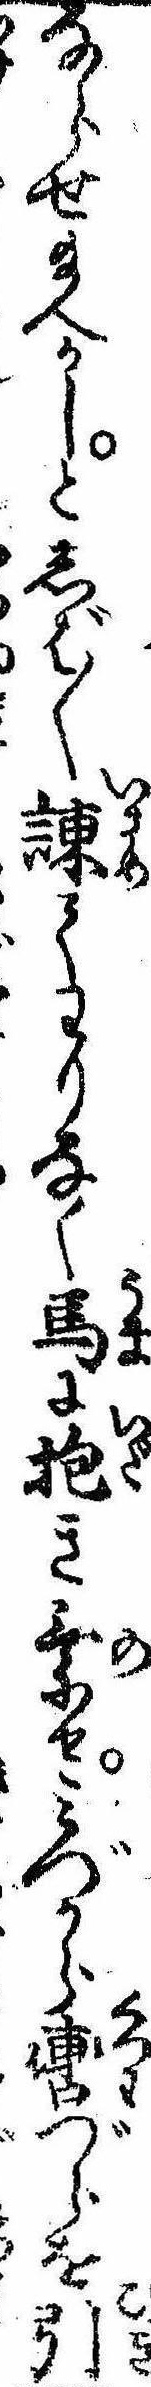
ならせ給へかしとしば〱諌てわりなく馬に抱き乗せみづから轡づらを引